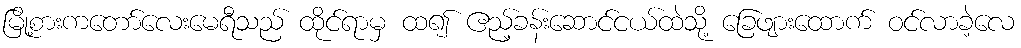
မြို့စားကတော်လေးမေရီသည် ထိုင်ရာမှ ထ၍ ဧည့်ခန်းဆောင်ငယ်ထဲသို့ ခြေဖျားထောက် ဝင်လာခဲ့လေ